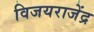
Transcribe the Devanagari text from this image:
विजयराजेंद्र